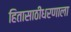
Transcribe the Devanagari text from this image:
हितासाठीधरणाला